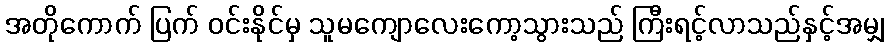
အတိုကောက် ပြက် ဝင်းနိုင်မှ သူမကျောလေးကော့သွားသည် ကြီးရင့်လာသည်နှင့်အမျှ